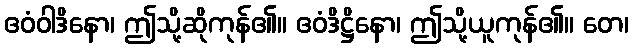
ဧဝံဝါဒိနော၊ ဤသို့ဆိုကုန်၏။ ဧဝံဒိဋ္ဌိနော၊ ဤသို့ယူကုန်၏။ တေ၊